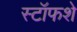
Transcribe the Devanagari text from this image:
स्टॉफशे